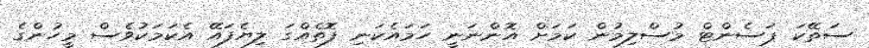
ސަތޭކަ ޕަސެންޓް މުސްލިމުން ކަމަށް އޮންނަނީ ހަމައެކަނި ފޮތެއްގަ ލިޔެފައޭ އެކަމަކުވެސް މީހުންގެ